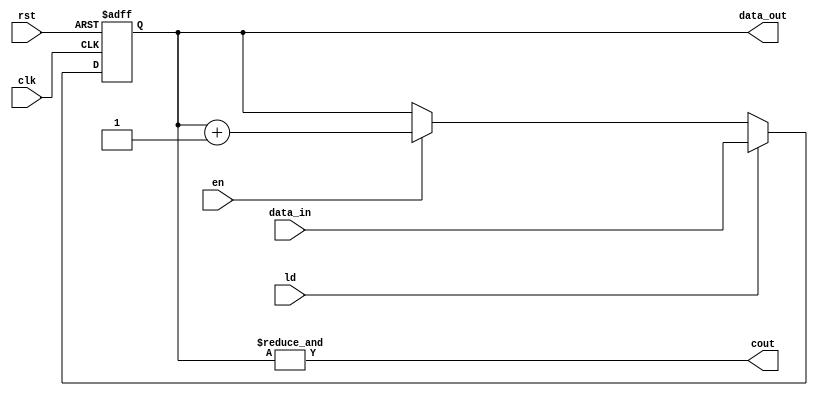
module counter_4bit
(
    input clk,
    input rst,
    input en,
    input ld,
    input[3:0] data_in,
    output reg[3:0] data_out,
    output cout
);
    always@ (posedge clk or posedge rst)
    begin
        if(rst)
            data_out = 4'b0;
        else if(ld)
            data_out = data_in;
        else if(en)
            data_out = data_out + 1;
        else
            data_out = data_out;
    end
    assign cout = &data_out;
endmodule